Vaccine operations Central Provinces 1868-1885 - 1868-1885
Year: 1868
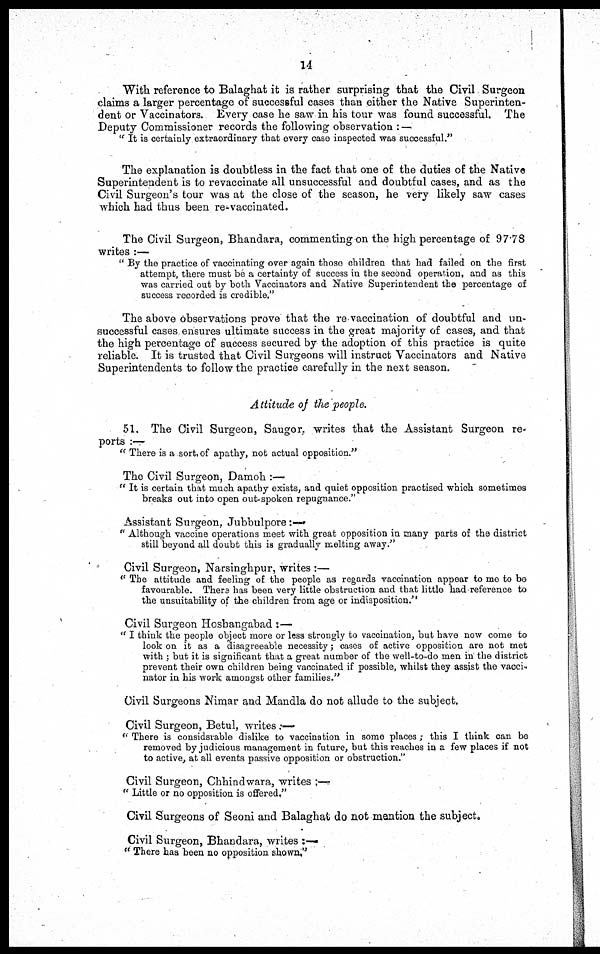
14
With reference to Balaghat it is rather surprising that the Civil Surgeon
claims a larger percentage of successful cases than either the Native Superinten-
dent or Vaccinators. Every case he saw in his tour was found successful. The
Deputy Commissioner records the following observation : —
" It is certainly extraordinary that every case inspected was successful."
The explanation is doubtless in the fact that one of the duties of the Native
Superintendent is to revaccinate all unsuccessful and doubtful cases, and as the
Civil Surgeon's tour was at the close of the season, he very likely saw cases
which had thus been re-vaccinated.
The Civil Surgeon, Bhandara, commenting on the high percentage of 97.78
writes :—
" By the practice of vaccinating over again those children that had failed on the first
attempt, there must be a certainty of success in the second operation, and as this
was carried out by both Vaccinators and Native Superintendent the percentage of
success recorded is credible."
The above observations prove that the re vaccination of doubtful and un-
successful cases ensures ultimate success in the great majority of cases, and that
the high percentage of success secured by the adoption of this practice is quite
reliable. It is trusted that Civil Surgeons will instruct Vaccinators and Native
Superintendents to follow the practice carefully in the next season.
Attitude of the people.
51. The Civil Surgeon, Saugor, writes that the Assistant Surgeon re-
ports :—
" There is a sort, of apathy, not actual opposition."
The Civil Surgeon, Damoh :—
" It is certain that much apathy exists, and quiet opposition practised which sometimes
breaks out into open out-spoken repugnance."
Assistant Surgeon, Jubbulpore :—
" Although vaccine operations meet with great opposition in many parts of the district
still beyond all doubt this is gradually melting away."
Civil Surgeon, Narsinghpur, writes :—
" The attitude and feeling of the people as regards vaccination appear to me to be
favourable. There has been very little obstruction and that little had reference to
the unsuitability of the children from age or indisposition."
Civil Surgeon Hosbangabad :—
" I think the people object more or less strongly to vaccination, but have now come to
look on it as a disagreeable necessity ; cases of active opposition are not met
with ; but it is significant that a great number of the well-to-do men in' the district
prevent their own children being vaccinated if possible, whilst they assist the vacci-.
nator in his work amongst other families."
Civil Surgeons Nimar and Mandla do not allude to the subject.
Civil Surgeon, Betul, writes .—
: There is considsrable dislike to vaccination in some places ; this I think can be
removed by judicious management in future, but this reaches in a few places if not
to active, at all events passive opposition or obstruction."
Civil Surgeon, Chhindwara, writes : —
" Little or no opposition is offered,"
Civil Surgeons of Seoni and Balaghat do not mention the subject.
Civil Surgeon, Bhandara, writes :—
" There has been no opposition shown,"